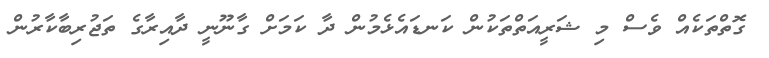
ގޮތްތަކެއް ވެސް މި ޝަރީއަތްތަކުން ކަނޑައެޅެމުން ދާ ކަމަށް ގާނޫނީ ދާއިރާގެ ތަޖުރިބާކާރުން